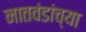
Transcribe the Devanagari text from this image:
नातवंडांच्या